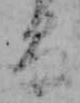
る